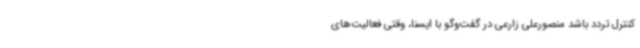
کنترل تردد باشد منصورعلی زارعی در گفت‌وگو با ایسنا، وقتی فعالیت‌های